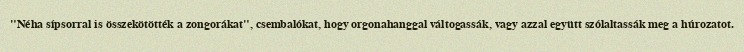
"Néha sípsorral is összekötötték a zongorákat", csembalókat, hogy orgonahanggal váltogassák, vagy azzal együtt szólaltassák meg a húrozatot.